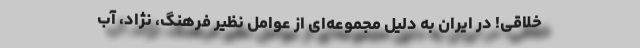
خلاقی! در ایران به دلیلِ مجموعه‌ای از عوامل نظیرِ فرهنگ، نژاد، آب